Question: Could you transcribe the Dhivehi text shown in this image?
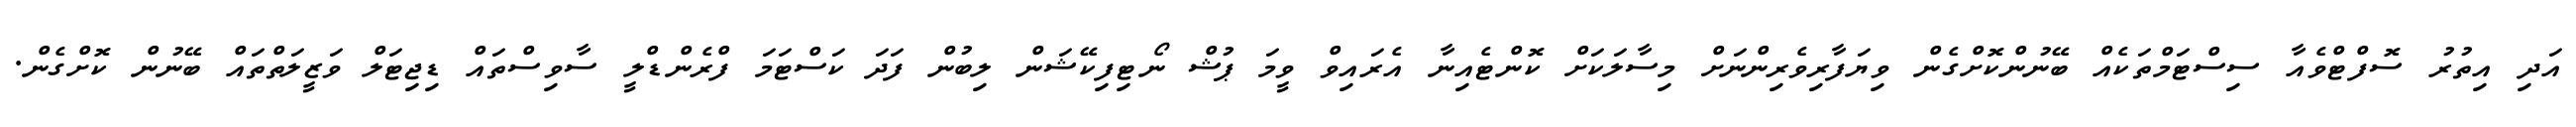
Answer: އަދި އިތުރު ސޮފްޓްވެއާ ސިސްޓަމްތަކެއް ބޭނުންކޮށްގެން ވިޔަފާރިވެރިންނަށް މިސާލަކަށް ކޮންޓެއިނާ އެރައިވް ވީމަ ޕުޝް ނޯޓިފިކޭޝަން ލިބުން ފަދަ ކަސްޓަމަ ފްރެންޑްލީ ސާވިސްތައް ޑިޖިޓަލް ވަޒީލަތްތައް ބޭނުން ކޮށްގެން.